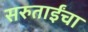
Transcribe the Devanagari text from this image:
सरुताईंचा